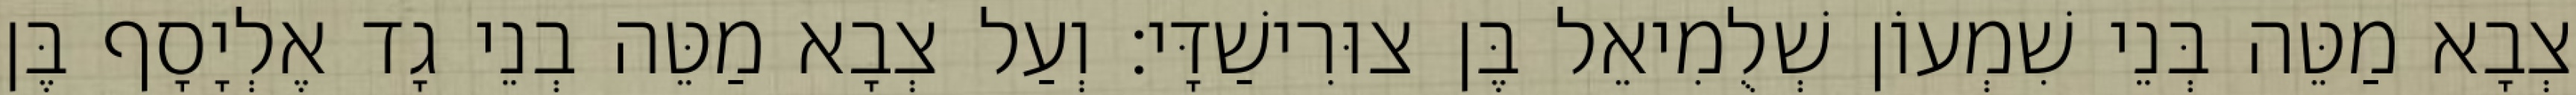
צְבָא מַטֵּה בְּנֵי שִׁמְעוֹן שְׁלֻמִיאֵל בֶּן צוּרִישַׁדָּי׃ וְעַל צְבָא מַטֵּה בְנֵי גָד אֶלְיָסָף בֶּן